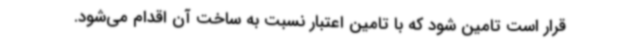
قرار است تامین شود که با تامین اعتبار نسبت به ساخت آن اقدام می‌شود.